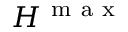
H ^ { \mathrm { ~ m ~ a ~ x ~ } }